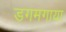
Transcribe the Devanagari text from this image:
डगमगाया